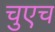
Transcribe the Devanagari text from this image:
चुएच